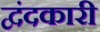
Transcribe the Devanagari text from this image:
द्वंदकारी